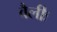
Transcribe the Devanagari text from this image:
वैलीः